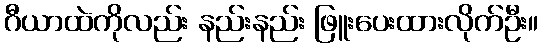
ဂီယာထဲကိုလည်း နည်းနည်း ဖြူးပေးထားလိုက်ဦး။